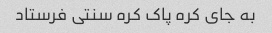
به جای کره پاک کره سنتی فرستاد